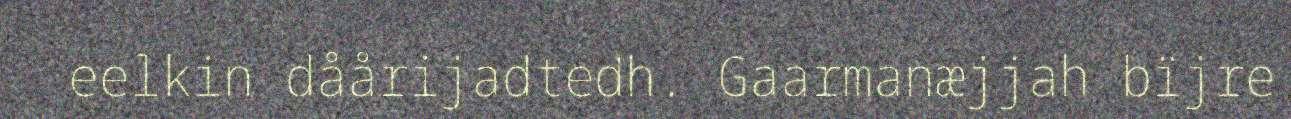
eelkin dåårijadtedh. Gaarmanæjjah bïjre